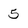
Character: 5